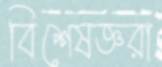
বিশেষজ্ঞরা